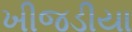
ખીજડીયા